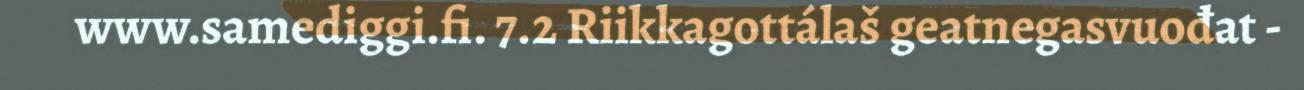
www.samediggi.fi. 7.2 Riikkagottálaš geatnegasvuođat -